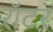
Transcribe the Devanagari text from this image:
रॉटर